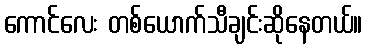
ကောင်လေး တစ်ယောက်သီချင်းဆိုနေတယ်။